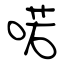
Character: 喏